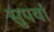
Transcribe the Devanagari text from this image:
सुपर्वा